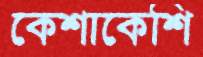
কেশাকেশি